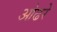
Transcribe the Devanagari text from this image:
ओढरे